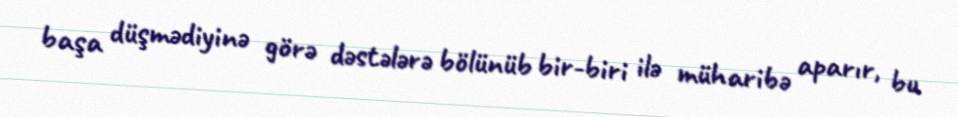
başa düşmədiyinə görə dəstələrə bölünüb bir-biri ilə müharibə aparır, bu